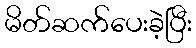
မိတ်ဆက်ပေးခဲ့ပြီး